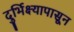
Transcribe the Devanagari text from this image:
दुर्भिक्ष्यापासून